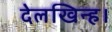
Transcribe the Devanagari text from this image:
देलखिन्ह।